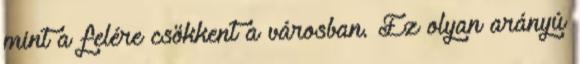
mint a felére csökkent a városban. Ez olyan arányú